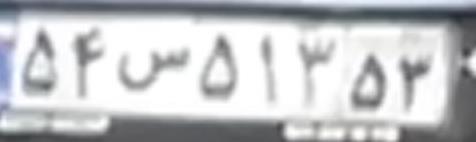
۵۴س۵۱۳۵۳